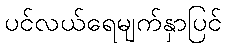
ပင်လယ်ရေမျက်နှာပြင်